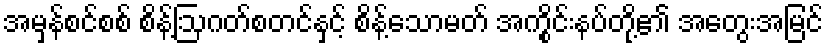
အမှန်စင်စစ် စိန့်ဩဂတ်စတင်နှင့် စိန့်သောမတ် အကွိုင်းနပ်တို့၏ အတွေးအမြင်